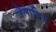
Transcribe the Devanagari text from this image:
जेलाविच